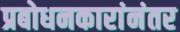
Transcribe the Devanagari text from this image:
प्रबोधनकारांनंतर